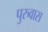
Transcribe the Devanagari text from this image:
पुरुवास